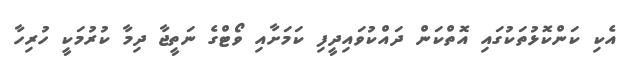
އެކި ކަންކޮޅުތަކުގައި އޮތްކަން ދައްކުވައިދީފި ކަމަށާއި ވޯޓްގެ ނަތީޖާ ދިމާ ކުރުމަކީ ހުރިހާ